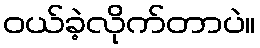
ဝယ်ခဲ့လိုက်တာပဲ။